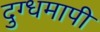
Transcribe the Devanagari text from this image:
दुग्धमापी